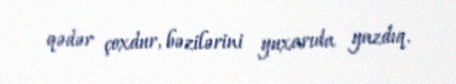
qədər çoxdur, bəzilərini yuxarıda yazdıq.